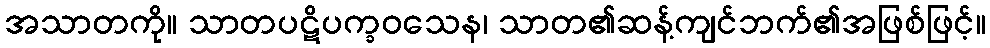
အသာတကို။ သာတပဋိပက္ခဝသေန၊ သာတ၏ဆန့်ကျင်ဘက်၏အဖြစ်ဖြင့်။